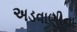
અડવાણીના